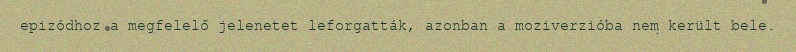
epizódhoz a megfelelő jelenetet leforgatták, azonban a moziverzióba nem került bele.